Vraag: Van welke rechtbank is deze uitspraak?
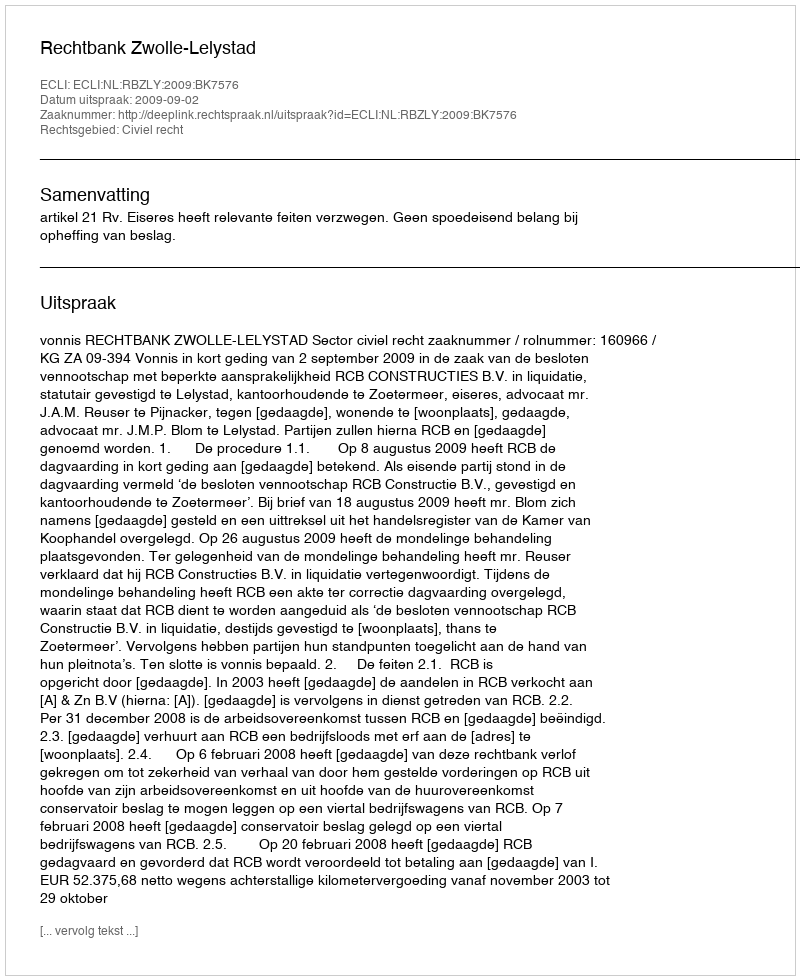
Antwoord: Rechtbank Zwolle-Lelystad